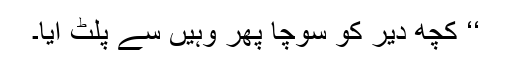
‘‘ کچھ دیر کو سوچا پھر وہیں سے پلٹ آیا۔